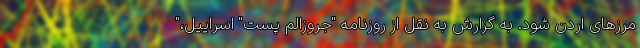
مرزهای اردن شود. به گزارش به نقل از روزنامه "جروزالم پست" اسراییل،"